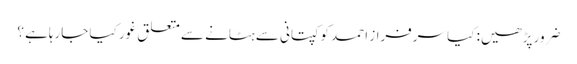
ضرور پڑھیں: کیا سرفراز احمد کو کپتانی سے ہٹانے سے متعلق غور کیا جارہاہے ؟